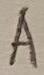
Text: A